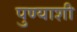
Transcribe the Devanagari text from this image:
पुण्याशी